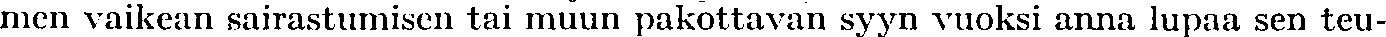
men vaikean sairastumisen tai muun pakottavan syyn vuoksi anna lupaa sen teu-